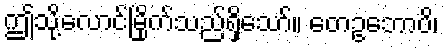
ဤသို့လောင်မြိုက်သည်ရှိသော်။ တေဥဘောပိ၊